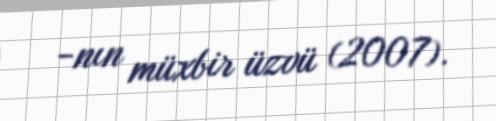
-nın müxbir üzvü (2007).